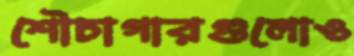
শৌচাগারগুলোও